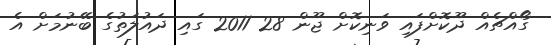
ގޯއްޗެއް ދޫކޮށްފައި ވަނިކޮށް ޖޫން 28 2011 ގައި ދައުލަތުގެ ބޭނުމަށް އެ